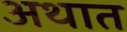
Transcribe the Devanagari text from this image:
अथात